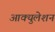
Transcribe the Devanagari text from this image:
आक्युलेशन